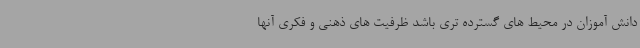
دانش آموزان در محیط های گسترده تری باشد ظرفیت های ذهنی و فکری آنها